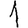
Digit: 1